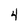
Character: 4